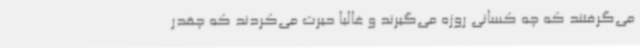
می‌گرفتند که چه کسانی روزه می‌گیرند و غالباً حیرت می‌کردند که چقدر